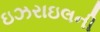
ઇઝરાઇલની